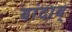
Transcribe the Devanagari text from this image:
यांदाब्